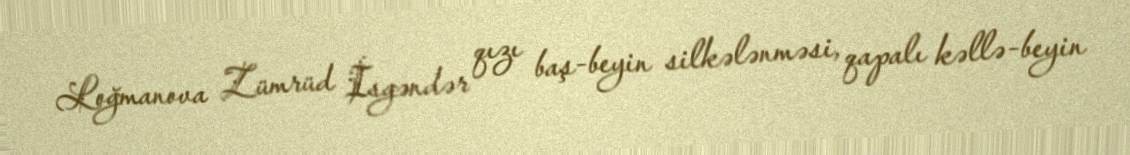
Loğmanova Zümrüd İsgəndər qızı baş-beyin silkələnməsi, qapalı kəllə-beyin